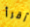
أقرأ